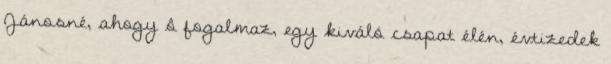
Jánosné, ahogy ô fogalmaz, egy kiváló csapat élén, évtizedek